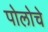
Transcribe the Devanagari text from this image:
पोलोचे